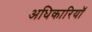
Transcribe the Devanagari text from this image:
अधिकारियॉ